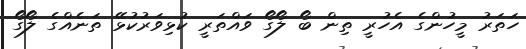
ހަތަރު މީހުންގެ އެހުރީ ތިން ބޯ ލޯގޯ ވައްތަރީ ކުޅިވަރުކުޅޭ ތަނެއްގެ ލޯގޯ